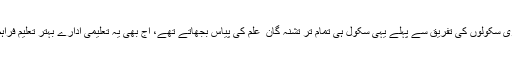
نجی و سرکاری سکولوں کی تفریق سے پہلے یہی سکول ہی تمام تر تشنہ گان ِ علم کی پیاس بجھاتے تھے، آج بھی یہ تعلیمی ادارے بہتر تعلیم فراہم کررہے ہیں۔